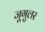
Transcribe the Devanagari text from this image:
जूगुलर